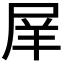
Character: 𡱝